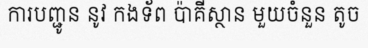
ការបញ្ជូន នូវ កងទ័ព ប៉ាគីស្ថាន មួយចំនួន តូច